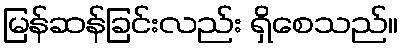
မြန်ဆန်ခြင်းလည်း ရှိစေသည်။